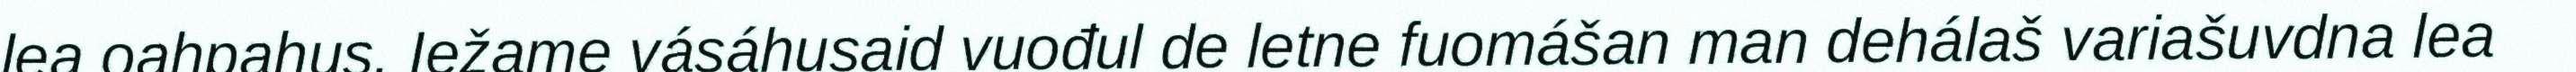
lea oahpahus. Iežame vásáhusaid vuođul de letne fuomášan man dehálaš variašuvdna lea